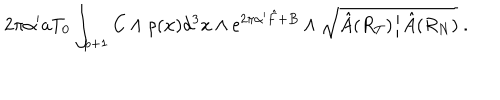
2 \pi \alpha ^ { \prime } a T _ { 0 } \int _ { p + 1 } C \wedge \rho ( { \bf x } ) d ^ { 3 } x \wedge \mathrm { e } ^ { 2 \pi \alpha ^ { \prime } { \hat { F } } + B } \wedge \sqrt { \hat { A } ( R _ { T } ) / \hat { A } ( R _ { N } ) } ~ .